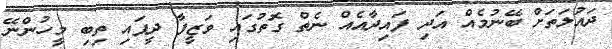
ދައުލަތަށް ބޭނުމެއް އަދި ފައިދާއެއް ނެތް ގޮތުގައި ވަޒީފާ ދީފައި ތިބި މީހުންނޭ